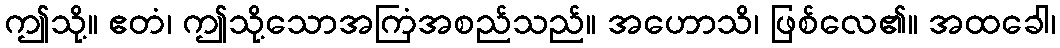
ဤသို့။ ဧတံ၊ ဤသို့သောအကြံအစည်သည်။ အဟောသိ၊ ဖြစ်လေ၏။ အထခေါ၊